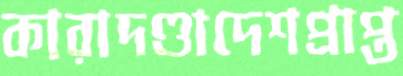
কারাদণ্ডাদেশপ্রাপ্ত